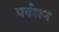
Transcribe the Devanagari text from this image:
पर्दशन